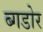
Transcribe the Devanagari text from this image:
ब्गडोर